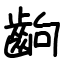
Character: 齣